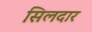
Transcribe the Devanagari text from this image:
सिलदार